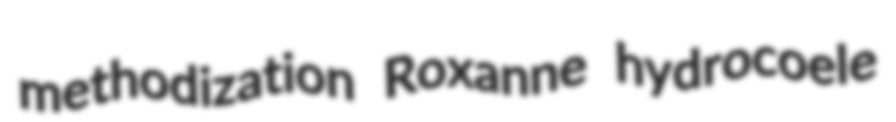
methodization Roxanne hydrocoele